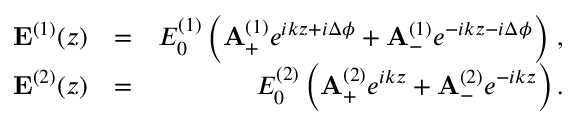
\begin{array} { r l r } { { \bf E } ^ { ( 1 ) } ( z ) } & { = } & { E _ { 0 } ^ { ( 1 ) } \left( { \bf A } _ { + } ^ { ( 1 ) } e ^ { i k z + i \Delta \phi } + { \bf A } _ { - } ^ { ( 1 ) } e ^ { - i k z - i \Delta \phi } \right) \, , } \\ { { \bf E } ^ { ( 2 ) } ( z ) } & { = } & { E _ { 0 } ^ { ( 2 ) } \left( { \bf A } _ { + } ^ { ( 2 ) } e ^ { i k z } + { \bf A } _ { - } ^ { ( 2 ) } e ^ { - i k z } \right) . } \end{array}